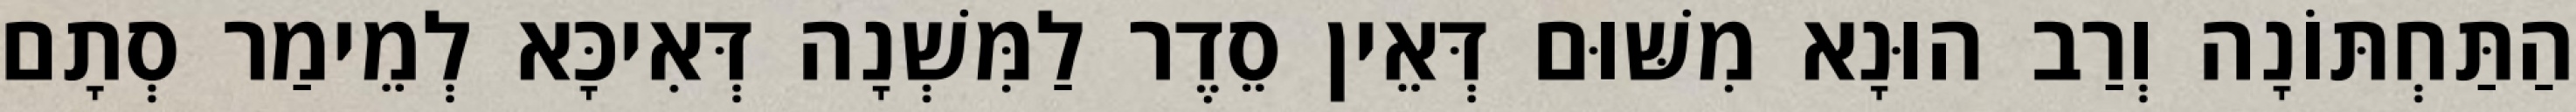
הַתַּחְתּוֹנָה וְרַב הוּנָא מִשּׁוּם דְּאֵין סֵדֶר לַמִּשְׁנָה דְּאִיכָּא לְמֵימַר סְתָם